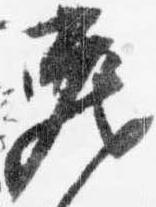
蔵